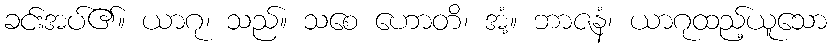
ခင်းအပ်၏။ ယာဂု၊ သည်။ သစေ ဟောတိ၊ အံ့။ ဘာဇနံ၊ ယာဂုထည့်ယူသော